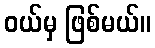
ဝယ်မှ ဖြစ်မယ်။